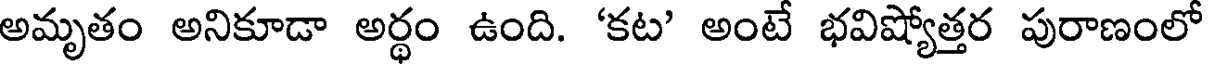
అమృతం అనికూడా అర్థం ఉంది. 'కట' అంటే భవిష్యోత్తర పురాణంలో